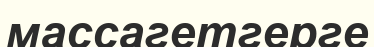
массагетгерге